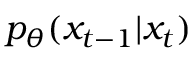
p _ { \theta } ( x _ { t - 1 } | x _ { t } )